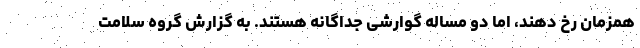
همزمان رخ دهند، اما دو مساله گوارشی جداگانه هستند. به گزارش گروه سلامت